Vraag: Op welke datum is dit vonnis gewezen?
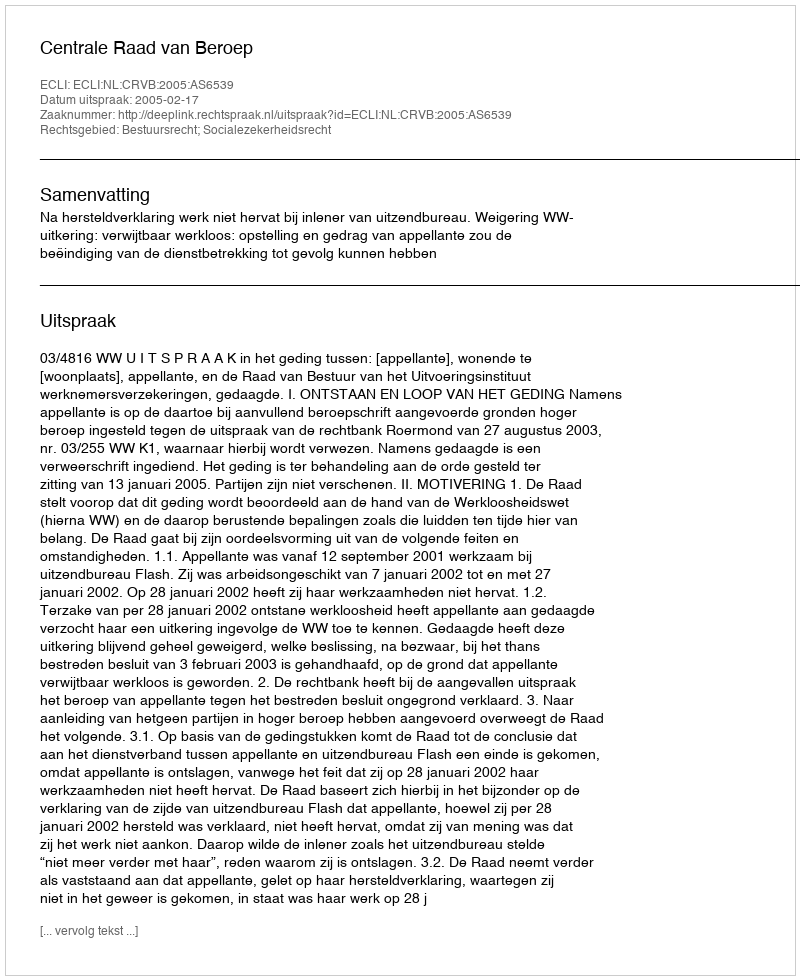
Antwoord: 2005-02-17